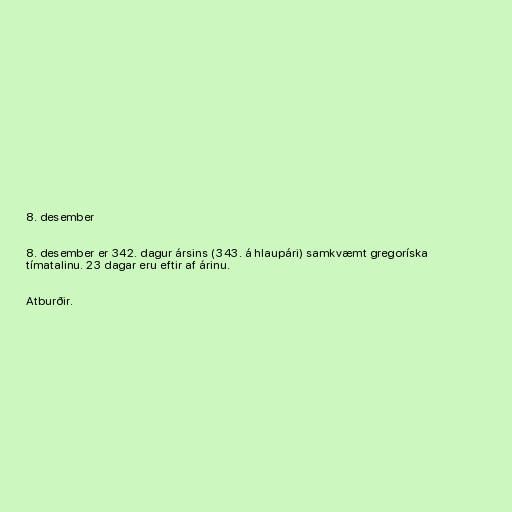
8. desember

8. desember er 342. dagur ársins (343. á hlaupári) samkvæmt gregoríska
tímatalinu. 23 dagar eru eftir af árinu.

Atburðir.